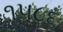
૧૫૮૬